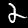
Digit: 2